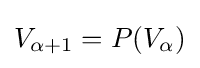
V_{\alpha +1}=P(V_{\alpha })